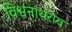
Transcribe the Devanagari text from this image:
विश्वनाथराव